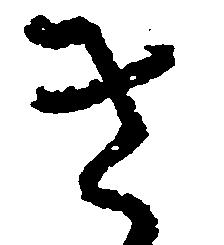
き